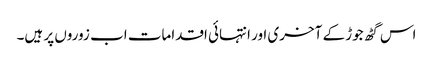
اس گٹھ جوڑ کے آخری اور انتہائی اقدامات اب زوروں پر ہیں۔